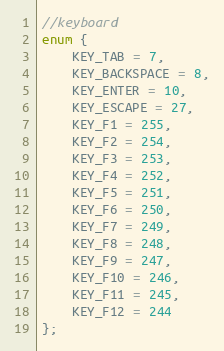
Language: C
//keyboard
enum {
    KEY_TAB = 7,
    KEY_BACKSPACE = 8,
    KEY_ENTER = 10,
    KEY_ESCAPE = 27,
    KEY_F1 = 255,
    KEY_F2 = 254,
    KEY_F3 = 253,
    KEY_F4 = 252,
    KEY_F5 = 251,
    KEY_F6 = 250,
    KEY_F7 = 249,
    KEY_F8 = 248,
    KEY_F9 = 247,
    KEY_F10 = 246,
    KEY_F11 = 245,
    KEY_F12 = 244
};